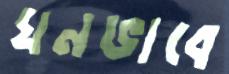
ঘনভাবে